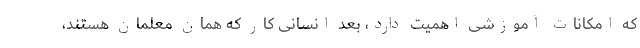
که امکانات آموزشی اهمیت دارد، بعد انسانی کار که همان معلمان هستند،